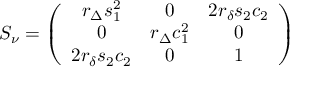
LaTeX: S _ { \nu } = \left( \begin{array} { c c c } { { r _ { \Delta } s _ { 1 } ^ { 2 } } } & { { 0 } } & { { 2 r _ { \delta } s _ { 2 } c _ { 2 } } } \\ { { 0 } } & { { r _ { \Delta } c _ { 1 } ^ { 2 } } } & { { 0 } } \\ { { 2 r _ { \delta } s _ { 2 } c _ { 2 } } } & { { 0 } } & { { 1 } } \end{array} \right)